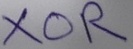
Text: XOR